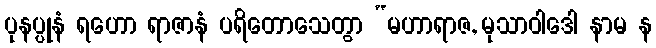
ပုနပ္ပုနံ ရဟော ရာဇာနံ ပရိတောသေတွာ “မဟာရာဇ, မုသာဝါဒေါ နာမ န